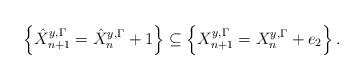
LaTeX: \begin{align*}\left\{\hat{X}_{n+1}^{y,\Gamma}=\hat{X}_n^{y,\Gamma}+1\right\}\subseteq \left\{X_{n+1}^{y,\Gamma}=X_n^{y,\Gamma}+e_2\right\}.\end{align*}